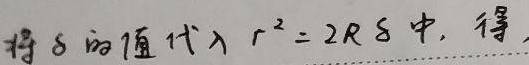
将 $\delta$ 的值代入 $r^{2}=2R\delta$ 中，得，